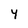
Character: y